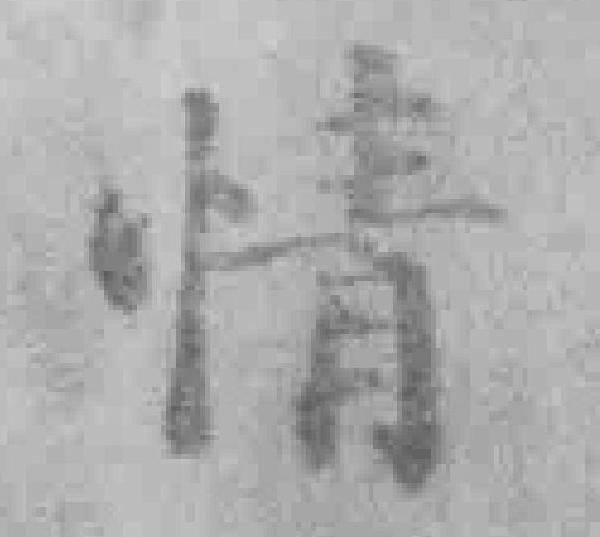
情